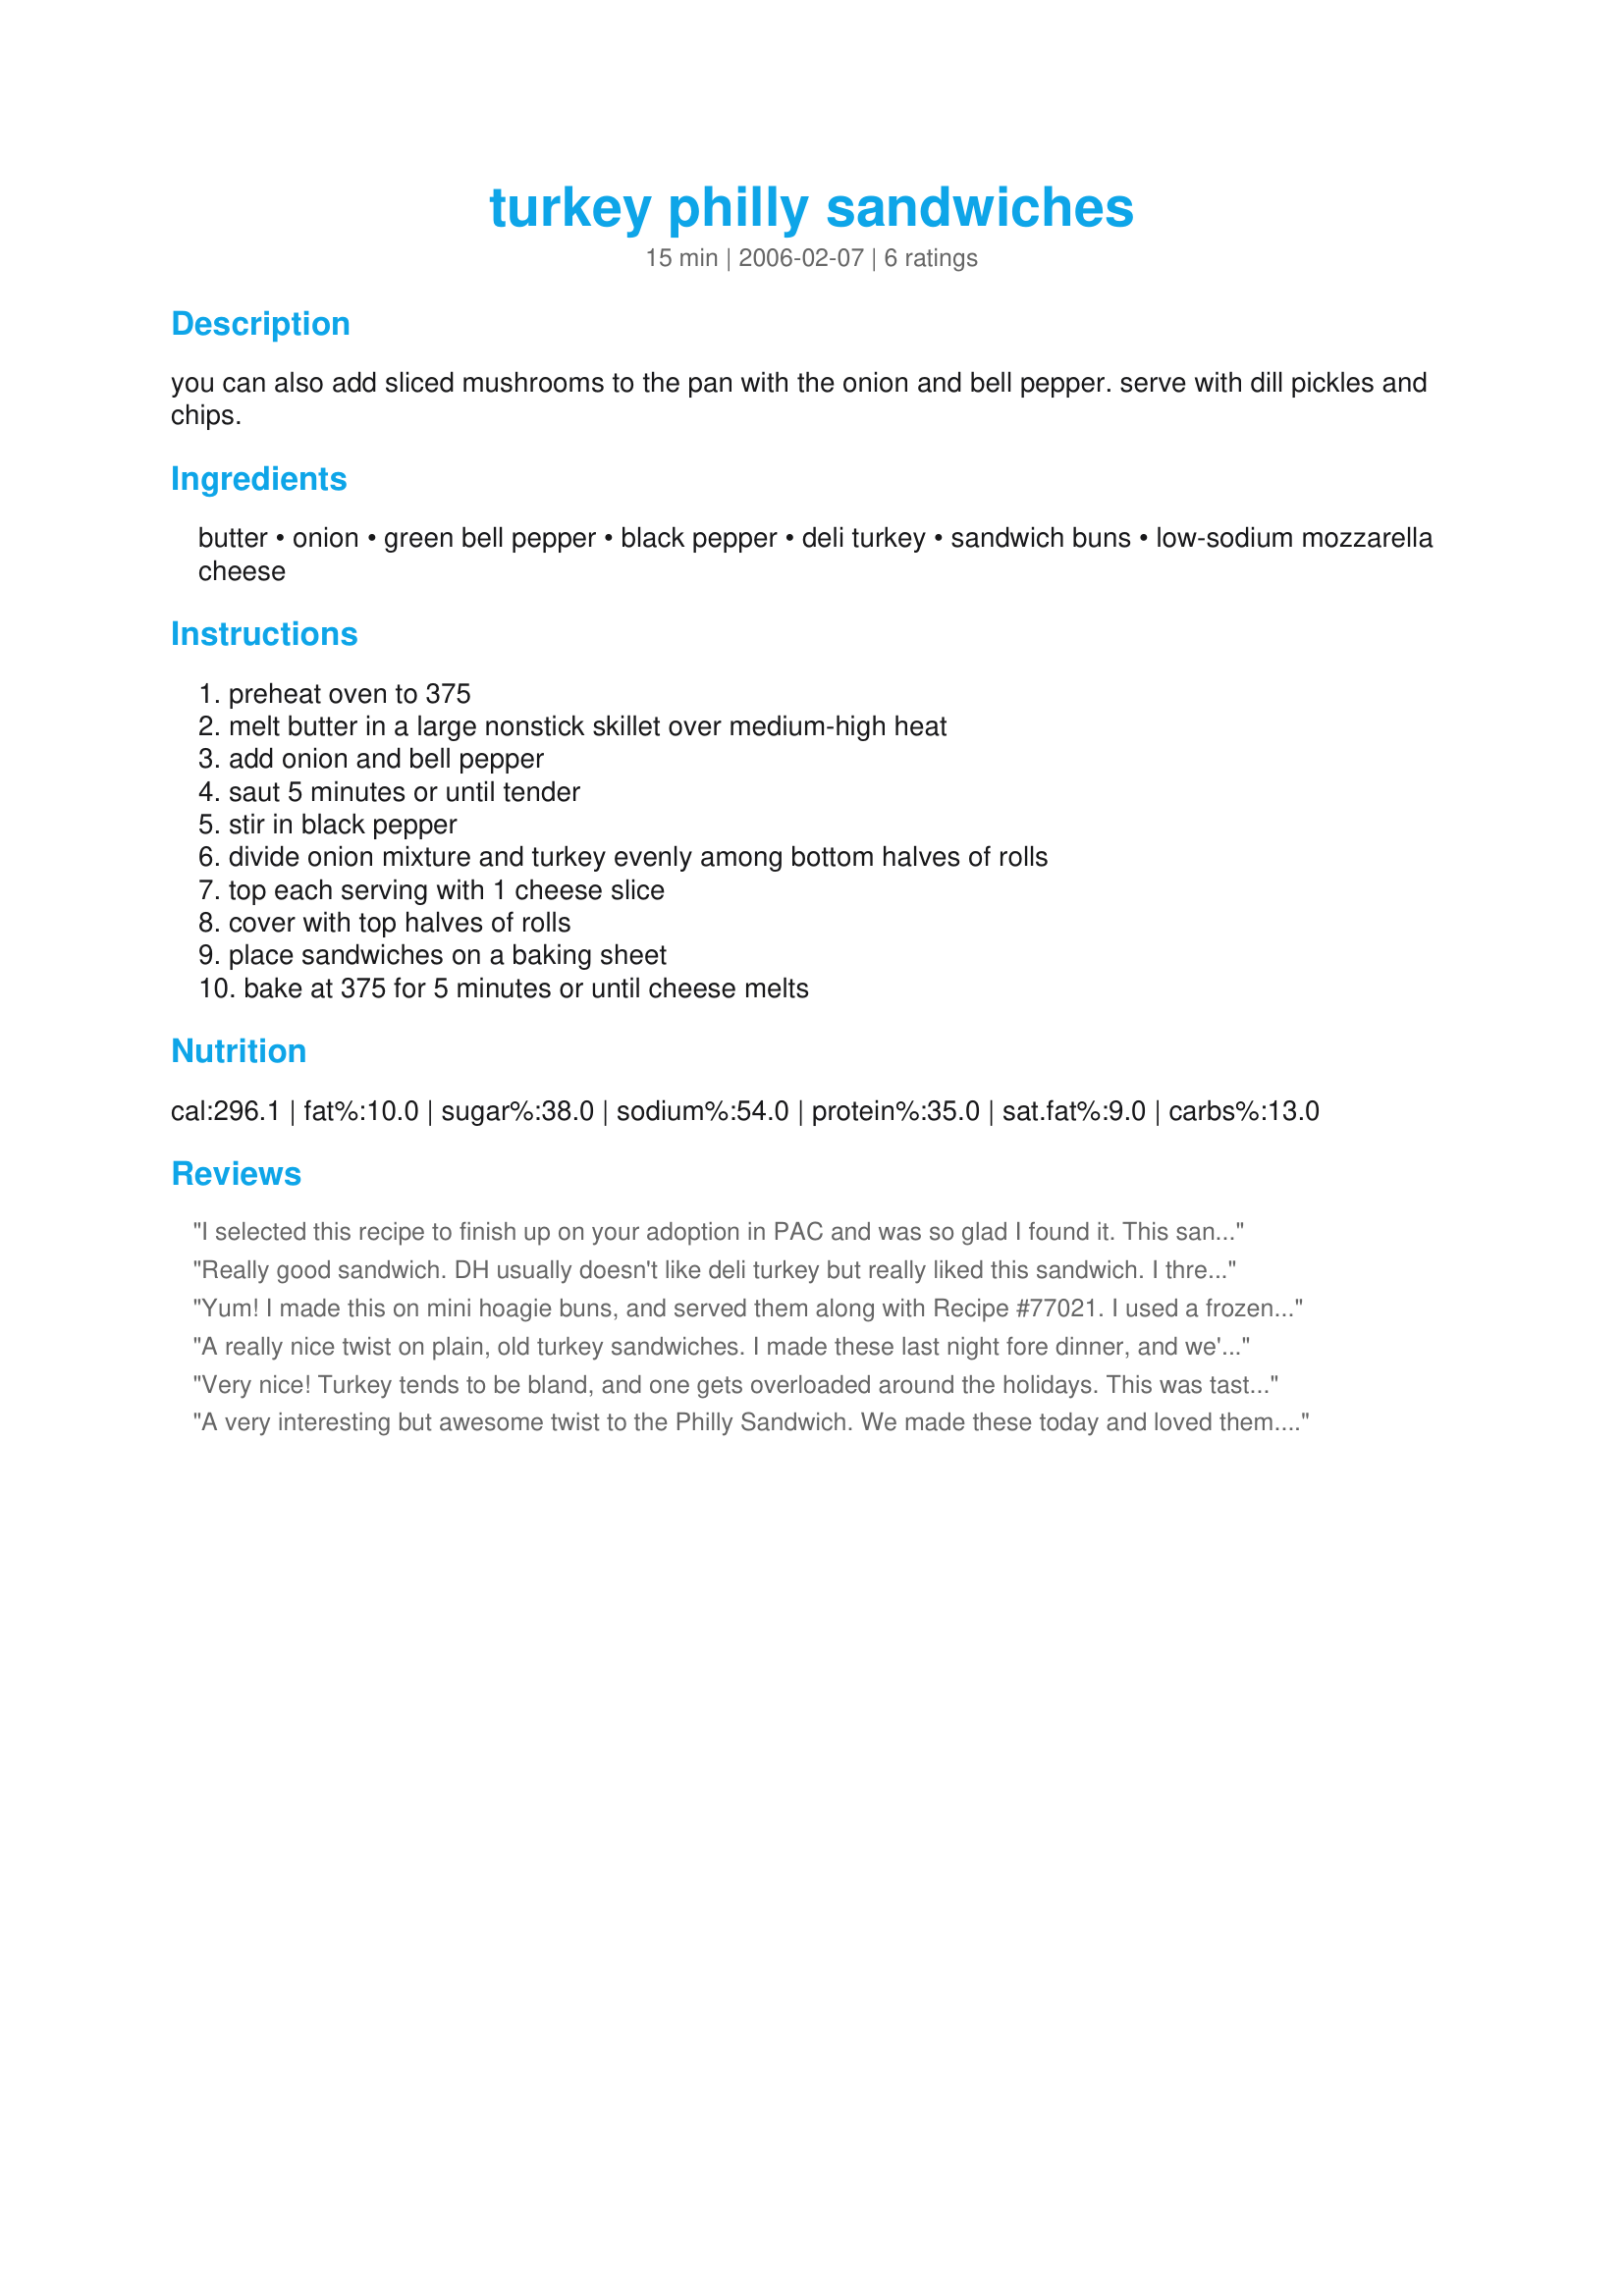
turkey philly sandwiches
Preparation time: 15 minutes

you can also add sliced mushrooms to the pan with the onion and bell pepper. serve with dill pickles and chips.

Ingredients:
butter, onion, green bell pepper, black pepper, deli turkey, sandwich buns, low-sodium mozzarella cheese

Steps:
preheat oven to 375, melt butter in a large nonstick skillet over medium-high heat, add onion and bell pepper, saut 5 minutes or until tender, stir in black pepper, divide onion mixture and turkey evenly among bottom halves of rolls, top each serving with 1 cheese slice, cover with top halves of rolls, place sandwiches on a baking sheet, bake at 375 for 5 minutes or until cheese melts

Reviews:
I selected this recipe to finish up on your adoption in PAC and was so glad I found it. This sandwich is a winner and one I will make again! Thanks!
Really good sandwich. DH usually doesn't like deli turkey but really liked this sandwich.
I threw the turkey into the pan with the peppers and onions to warm it up. We used pepper jack cheese and these were definite winners! Saturdays are generally sandwich supper nights here and this one will come back to star on the menu often!
Yum! I made this on mini hoagie buns, and served them along with Recipe #77021. I used a frozen bag of onions and three colors of peppers, and that was perfect- the sweetness of the peppers was great. I figured this sandwich would need mustard or more seasonings, but it was great just plain. Thanks for sharing!
A really nice twist on plain, old turkey sandwiches. I made these last night fore dinner, and we're really enjoyed them.The peppered onion and green pepper relly adds a nice flavor to an otherwise rather boring sandwich. We will be having these again.
Thanks!
Very nice! Turkey tends to be bland, and one gets overloaded around the holidays. This was tasty, and the peppers and onions perked up the turkey nicely. Added mayo and italian herbs to the sandwiches, but they'd have been fine anyway. Mad with leftover roast turkey.
Diane
A very interesting but awesome twist to the Philly Sandwich. We made these today and loved them. We are going to add mushroom next time we have them. 
thank you very much for a fantastic sandwich.

Jim (aka Chef Shakie)
